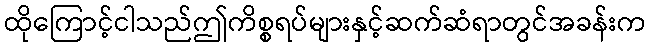
ထိုကြောင့်ငါသည်ဤကိစ္စရပ်များနှင့်ဆက်ဆံရာတွင်အခန်းက